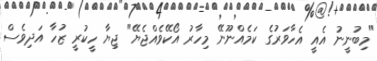
"މިބުނީނު އެއީ އެހާވަރުގެ ކަމެއްނޫނޭ މިހާރު އޯކޭވެއްޖެޔޭ" ޖިޔާ ހީކުރީ ޒުހާ އަދިވެސް